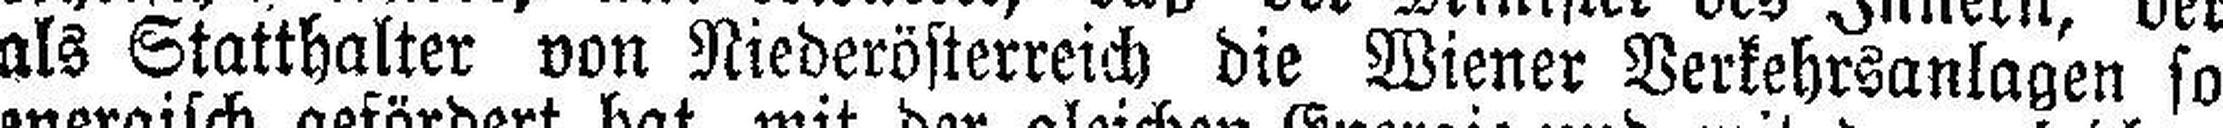
als Statthalter von Niederösterreich die Wiener Verkehrsanlagen so